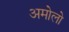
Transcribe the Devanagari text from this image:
अमोलो